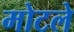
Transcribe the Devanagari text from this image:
मोटले